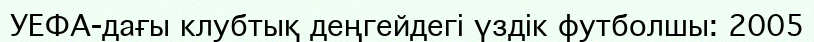
УЕФА-дағы клубтық деңгейдегі үздік футболшы: 2005